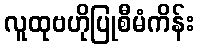
လူထုဗဟိုပြုစီမံကိန်း